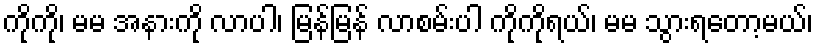
ကိုကို၊ မမ အနားကို လာပါ၊ မြန်မြန် လာစမ်းပါ ကိုကိုရယ်၊ မမ သွားရတော့မယ်၊